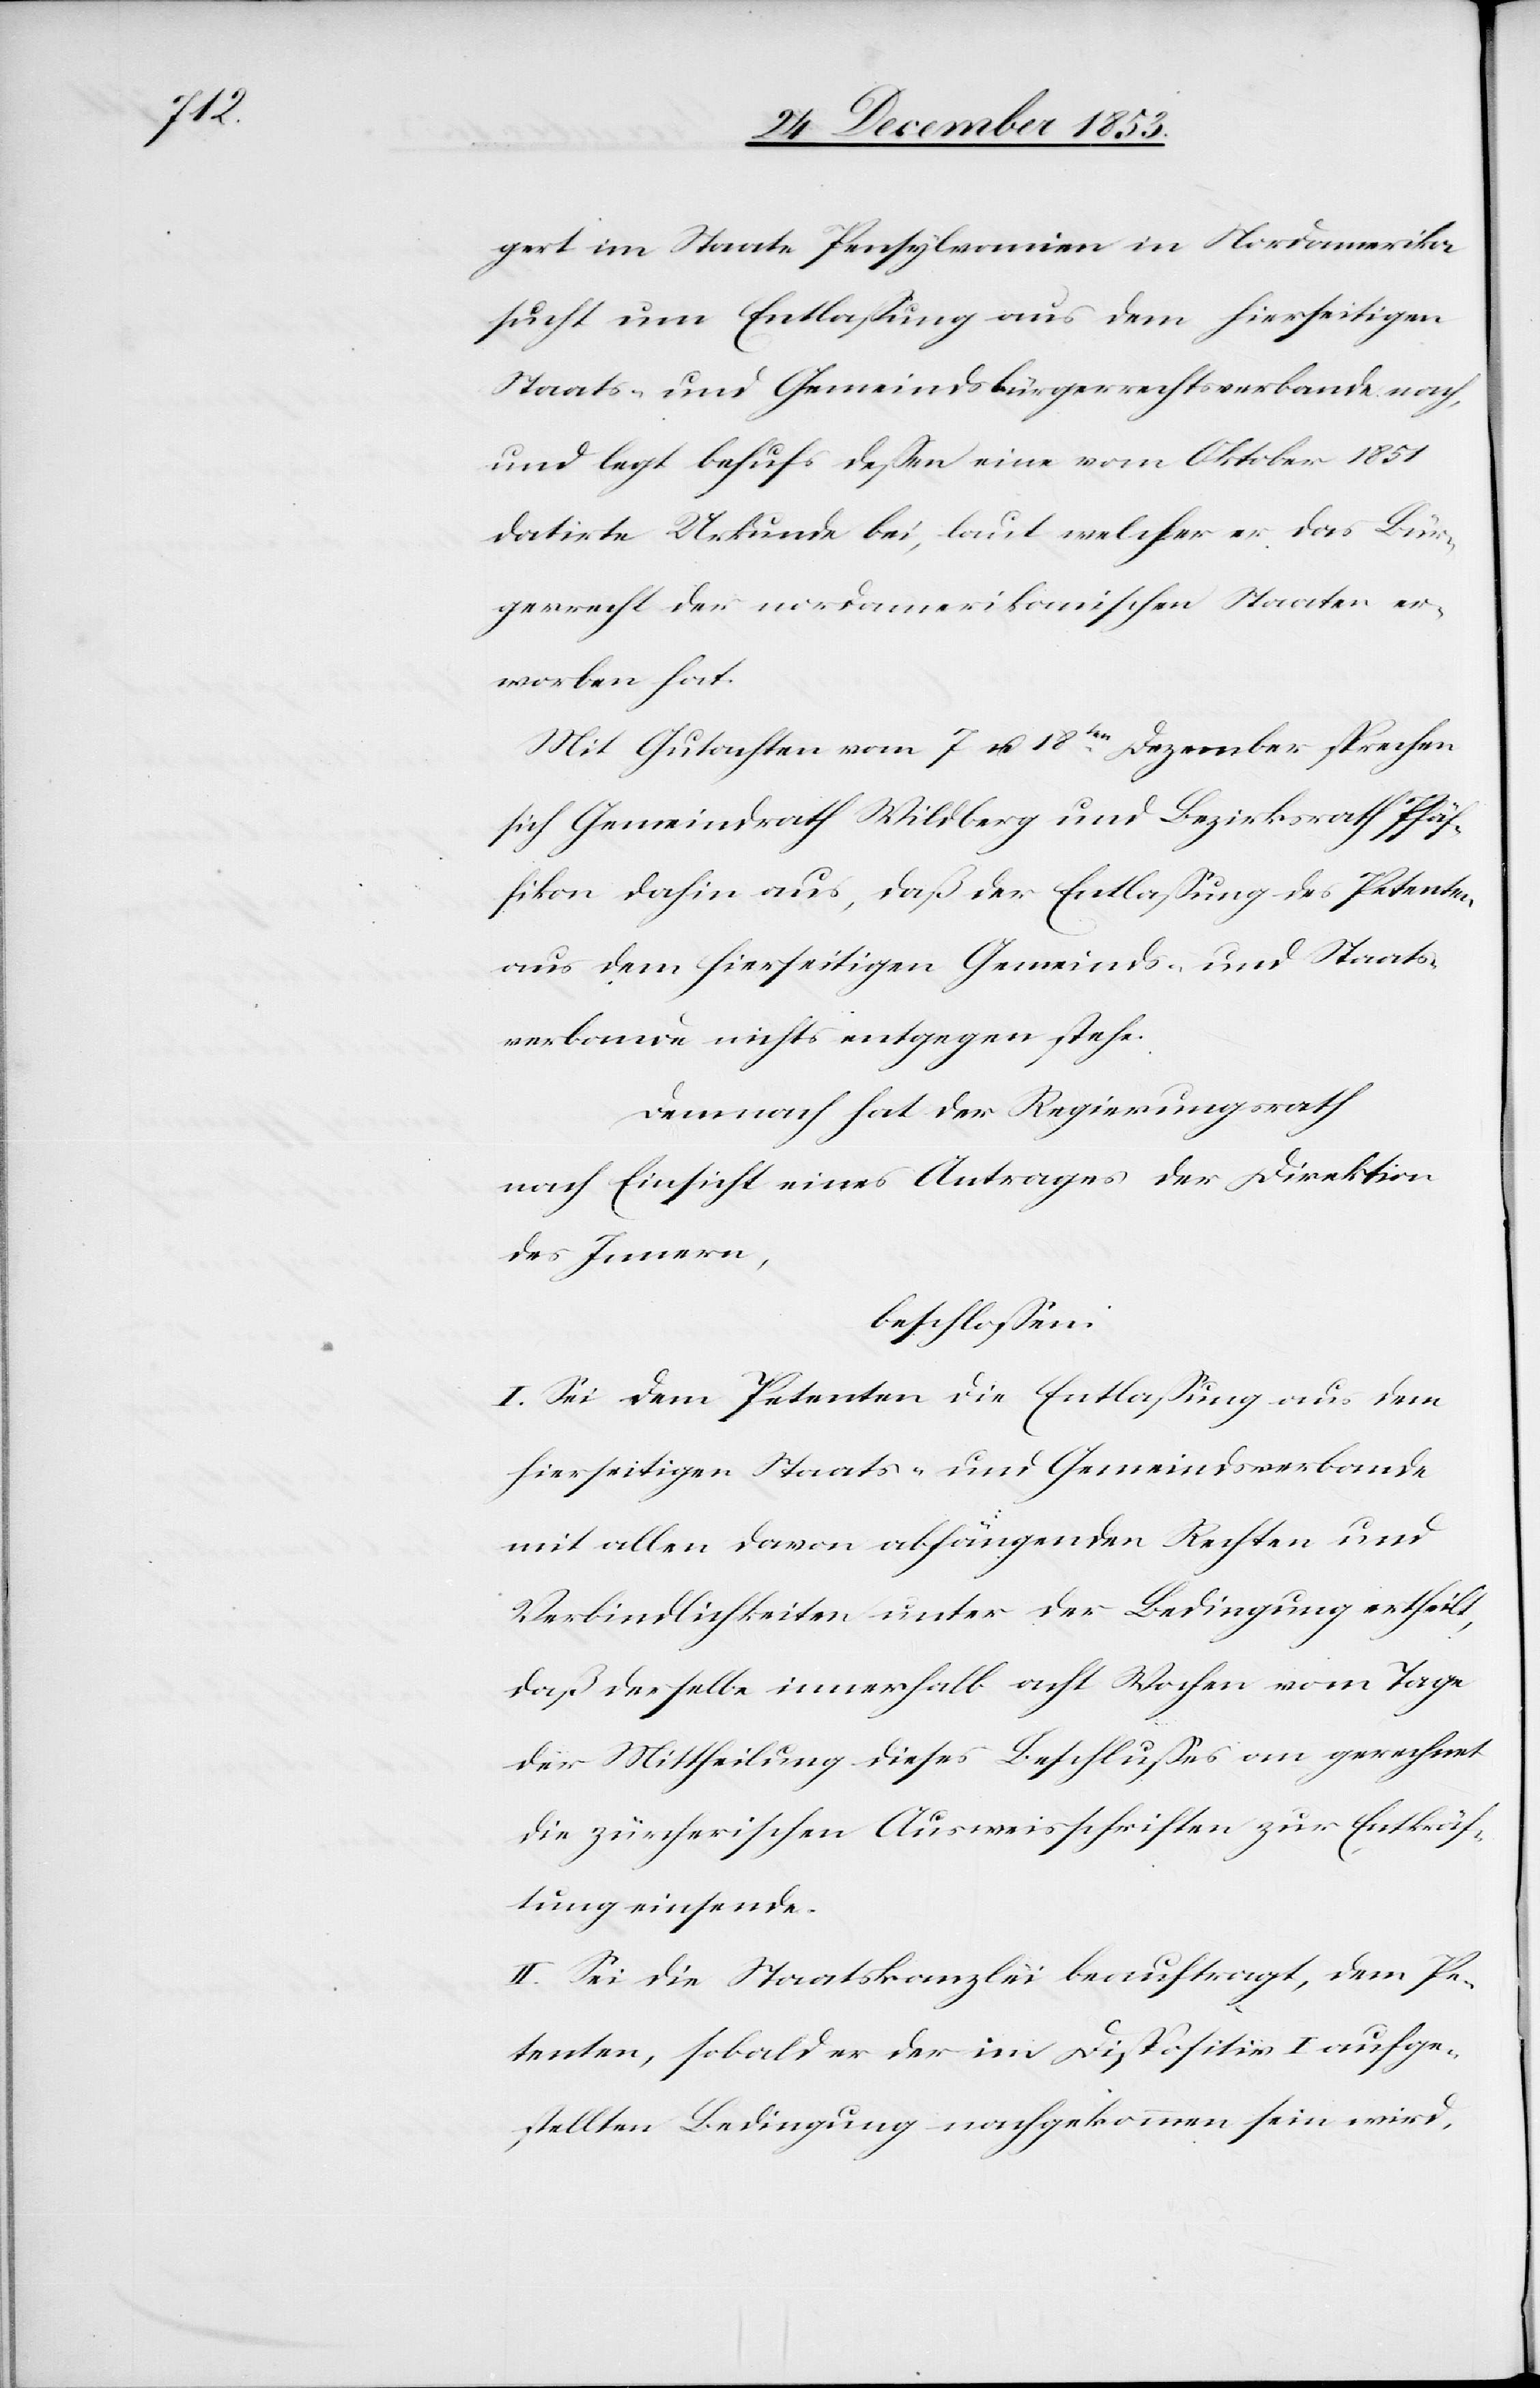
gert im Staate Pensylvannien in Nordamerika
sucht um Entlaßung aus dem hiesigen
Staats- und Gemeindsbürgerrechtsverbande nach,
und legt behufs deßen eine vom Oktober 1851
datirte Urkunde bei, laut welcher er das Bür¬
gerrecht der nordamerikanischen Staaten er¬
worben hat.
Mit Gutachten vom 7 u. 18ten Dezember sprechen
sich Gemeindrath Wildberg und Bezirksrath Pfäf¬
fikon dahin aus, daß der Entlaßung des Petenten
aus dem hierseitigen Gemeinds- und Staats¬
verbande nichts entgegen stehe.
Demnach hat der Regierungsrath
nach Einsicht eines Antrages der Direktion
des Innern,
beschloßen:
I. Sei dem Petenten die Entlaßung aus dem
hierseitigen Staats- und Gemeindsverbande
mit allen davon abhängenden Rechten und
Verbindlichkeiten unter der Bedingung ertheilt,
daß derselbe innerhalb acht Wochen vom Tage
der Mittheilung dieses Beschlußes an gerechnet
die zürcherischen Ausweisschriften zur Entkräf¬
tung einsende.
II. Sei die Staatskanzlei beauftragt, dem Pe¬
tenten, sobald er der im Dispositiv I aufge¬
stellten Bedingung nachgekommen sein wird,